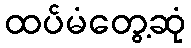
ထပ်မံတွေ့ဆုံ